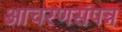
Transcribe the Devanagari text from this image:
आचरणसंपन्न